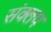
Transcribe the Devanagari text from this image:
संक्लप